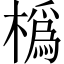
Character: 𪳵